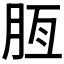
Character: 𦚹